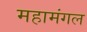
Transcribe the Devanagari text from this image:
महामंगल